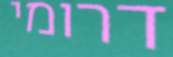
דרומי